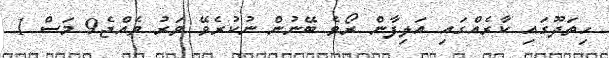
ހިތަދޫގައި ކާރެއްގައި އަލިފާން ރޯވެ ބޭނުން ނުކުރެވޭ ވަރު ވެއްޖެ9 މަސް 1